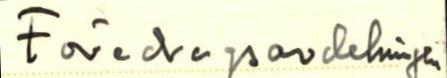
Föredragsavdelningen